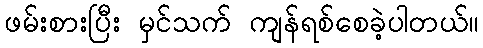
ဖမ်းစားပြီး မှင်သက် ကျန်ရစ်စေခဲ့ပါတယ်။